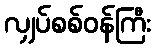
လျှပ်စစ်ဝန်ကြီး